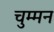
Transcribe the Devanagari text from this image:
चुम्मन